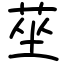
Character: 莝